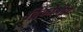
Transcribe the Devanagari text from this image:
द्विकोषीय